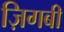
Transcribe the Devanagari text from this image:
ज़िगबी